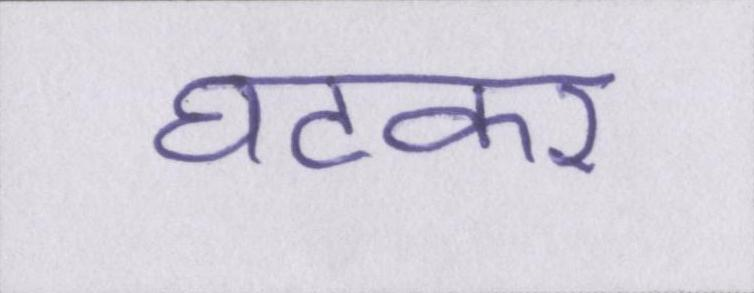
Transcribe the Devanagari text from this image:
घटकर